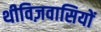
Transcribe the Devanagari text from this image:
थीविज़वासियों